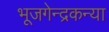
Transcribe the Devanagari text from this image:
भूजगेन्द्रकन्या